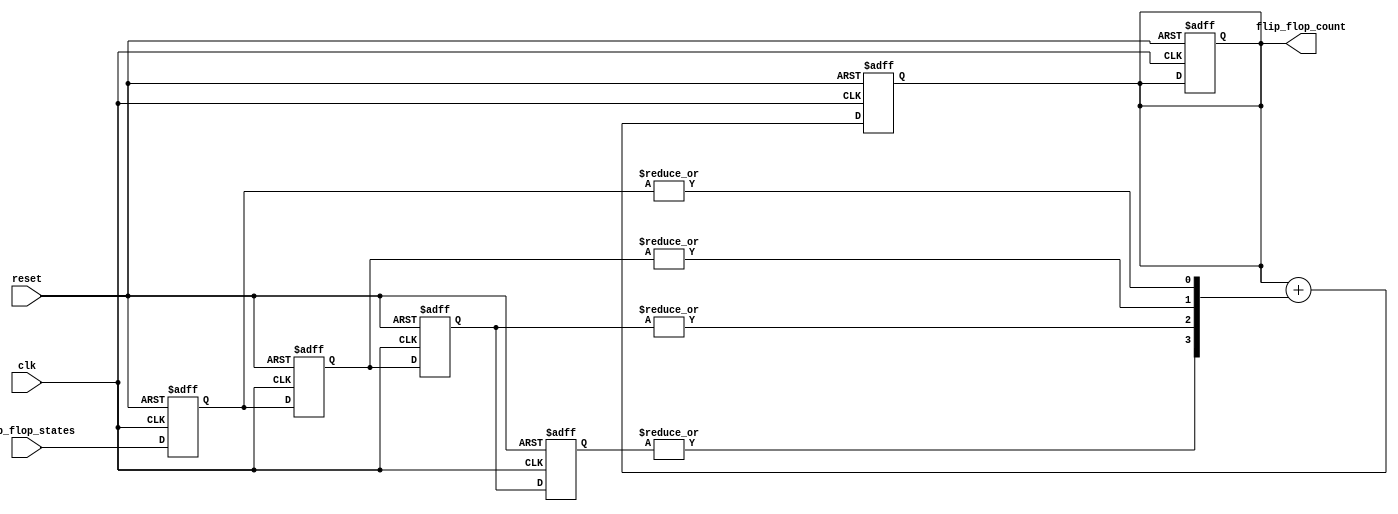
module MemoryBlocksCascadedFFDetector #(
    parameter NUM_BLOCKS = 4, // Number of memory blocks
    parameter BLOCK_SIZE = 8,  // Number of flip-flops per block
    parameter COUNT_WIDTH = 8   // Width of the count output
)(
    input wire clk,             // Clock signal
    input wire reset,           // Reset signal
    input wire [BLOCK_SIZE-1:0] flip_flop_states, // Input states of flip-flops
    output reg [COUNT_WIDTH-1:0] flip_flop_count // Output count of detected flip-flops
);

// Memory blocks to store flip-flop states
reg [BLOCK_SIZE-1:0] memory_blocks [0:NUM_BLOCKS-1];

// Detection logic for each memory block
wire [NUM_BLOCKS-1:0] detected_ff;

// Control logic to sample flip-flop states into memory blocks
integer i;
always @(posedge clk or posedge reset) begin
    if (reset) begin
        // Reset memory blocks and count
        for (i = 0; i < NUM_BLOCKS; i = i + 1) begin
            memory_blocks[i] <= 0;
        end
        flip_flop_count <= 0;
    end else begin
        // Shift and store flip-flop states in memory blocks
        for (i = 0; i < NUM_BLOCKS; i = i + 1) begin
            if (i == 0) begin
                memory_blocks[i] <= flip_flop_states; // First block directly takes input
            end else begin
                memory_blocks[i] <= memory_blocks[i-1]; // Cascade previous block's output
            end
        end
    end
end

// Detection logic for each memory block
genvar j;
generate
    for (j = 0; j < NUM_BLOCKS; j = j + 1) begin : detection_logic
        assign detected_ff[j] = |memory_blocks[j]; // Detect if any flip-flop is present
    end
endgenerate

// Counting mechanism
always @(posedge clk or posedge reset) begin
    if (reset) begin
        flip_flop_count <= 0;
    end else begin
        // Count the number of detected flip-flops
        flip_flop_count <= flip_flop_count + detected_ff;
    end
end

endmodule